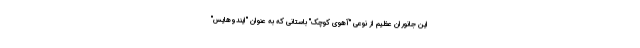
این جانوران عظیم از نوعی "آهوی کوچک" باستانی که به عنوان "ایندوهایس"